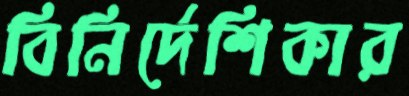
বিনির্দেশিকার